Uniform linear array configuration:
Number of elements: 4
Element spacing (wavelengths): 0.5
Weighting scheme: binomial
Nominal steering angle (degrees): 45
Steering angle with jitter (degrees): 43.004
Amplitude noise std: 0.05
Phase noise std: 0.05

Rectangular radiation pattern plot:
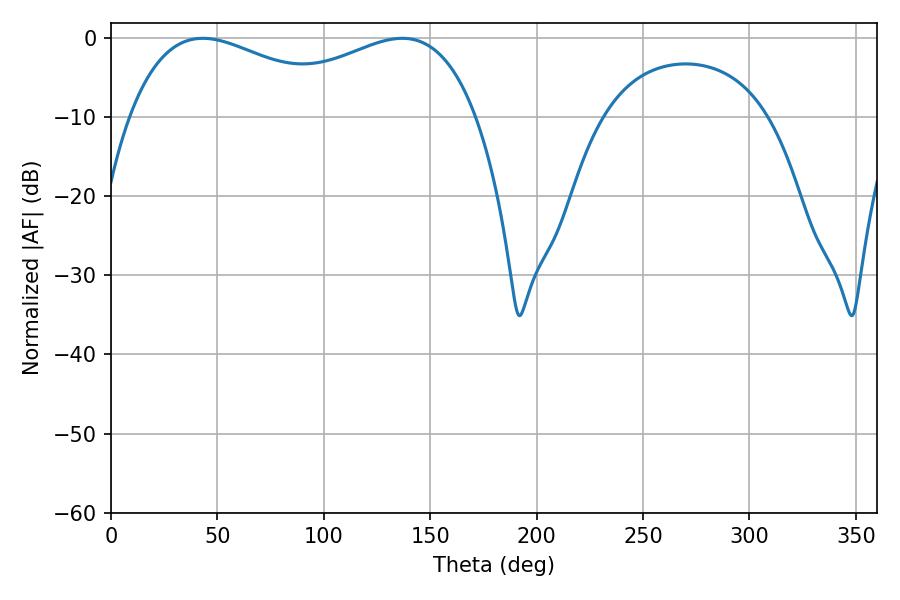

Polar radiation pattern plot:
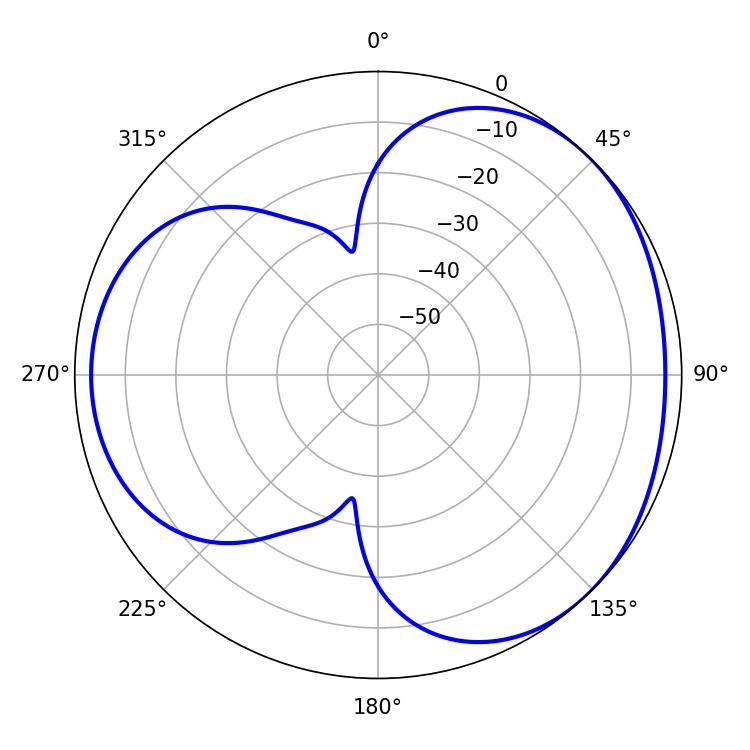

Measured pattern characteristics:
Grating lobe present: FALSE
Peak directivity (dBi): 3.323
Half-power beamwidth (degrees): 59.04
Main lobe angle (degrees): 43.2